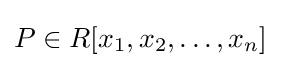
P\in R[x_{1},x_{2},\ldots ,x_{n}]